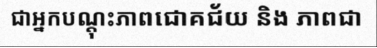
ជាអ្នកបណ្តុះភាពជោគជ័យ និង ភាពជា